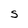
Character: S